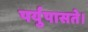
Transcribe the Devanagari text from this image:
पर्युपासते।